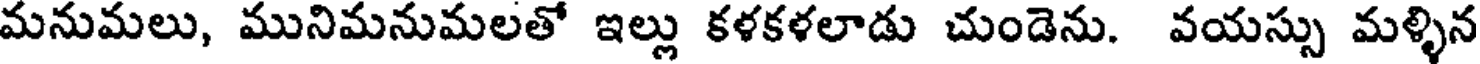
మనుమలు, మునిమనుమలతో ఇల్లు కళకళలాడు చుండెను. వయస్సు మళ్ళిన